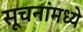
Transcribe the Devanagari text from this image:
सूचनांमध्ये